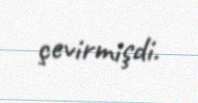
çevirmişdi.